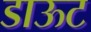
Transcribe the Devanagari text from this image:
डाऊट